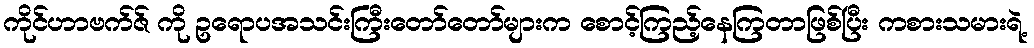
ကိုင်ဟာဗက်ဇ် ကို ဥရောပအသင်းကြီးတော်တော်များက စောင့်ကြည့်နေကြတာဖြစ်ပြီး ကစားသမားရဲ့